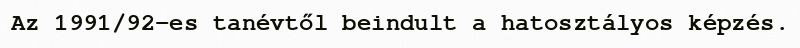
Az 1991/92-es tanévtől beindult a hatosztályos képzés.